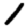
Digit: 1